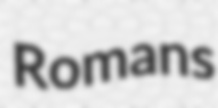
Romans